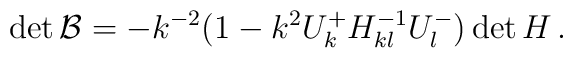
\det {\cal B} = -k^{-2} \big(1 - k^2U^+_kH^{-1}_{kl}U^-_l)\det H\, .